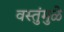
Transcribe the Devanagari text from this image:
वस्तुंमुळे